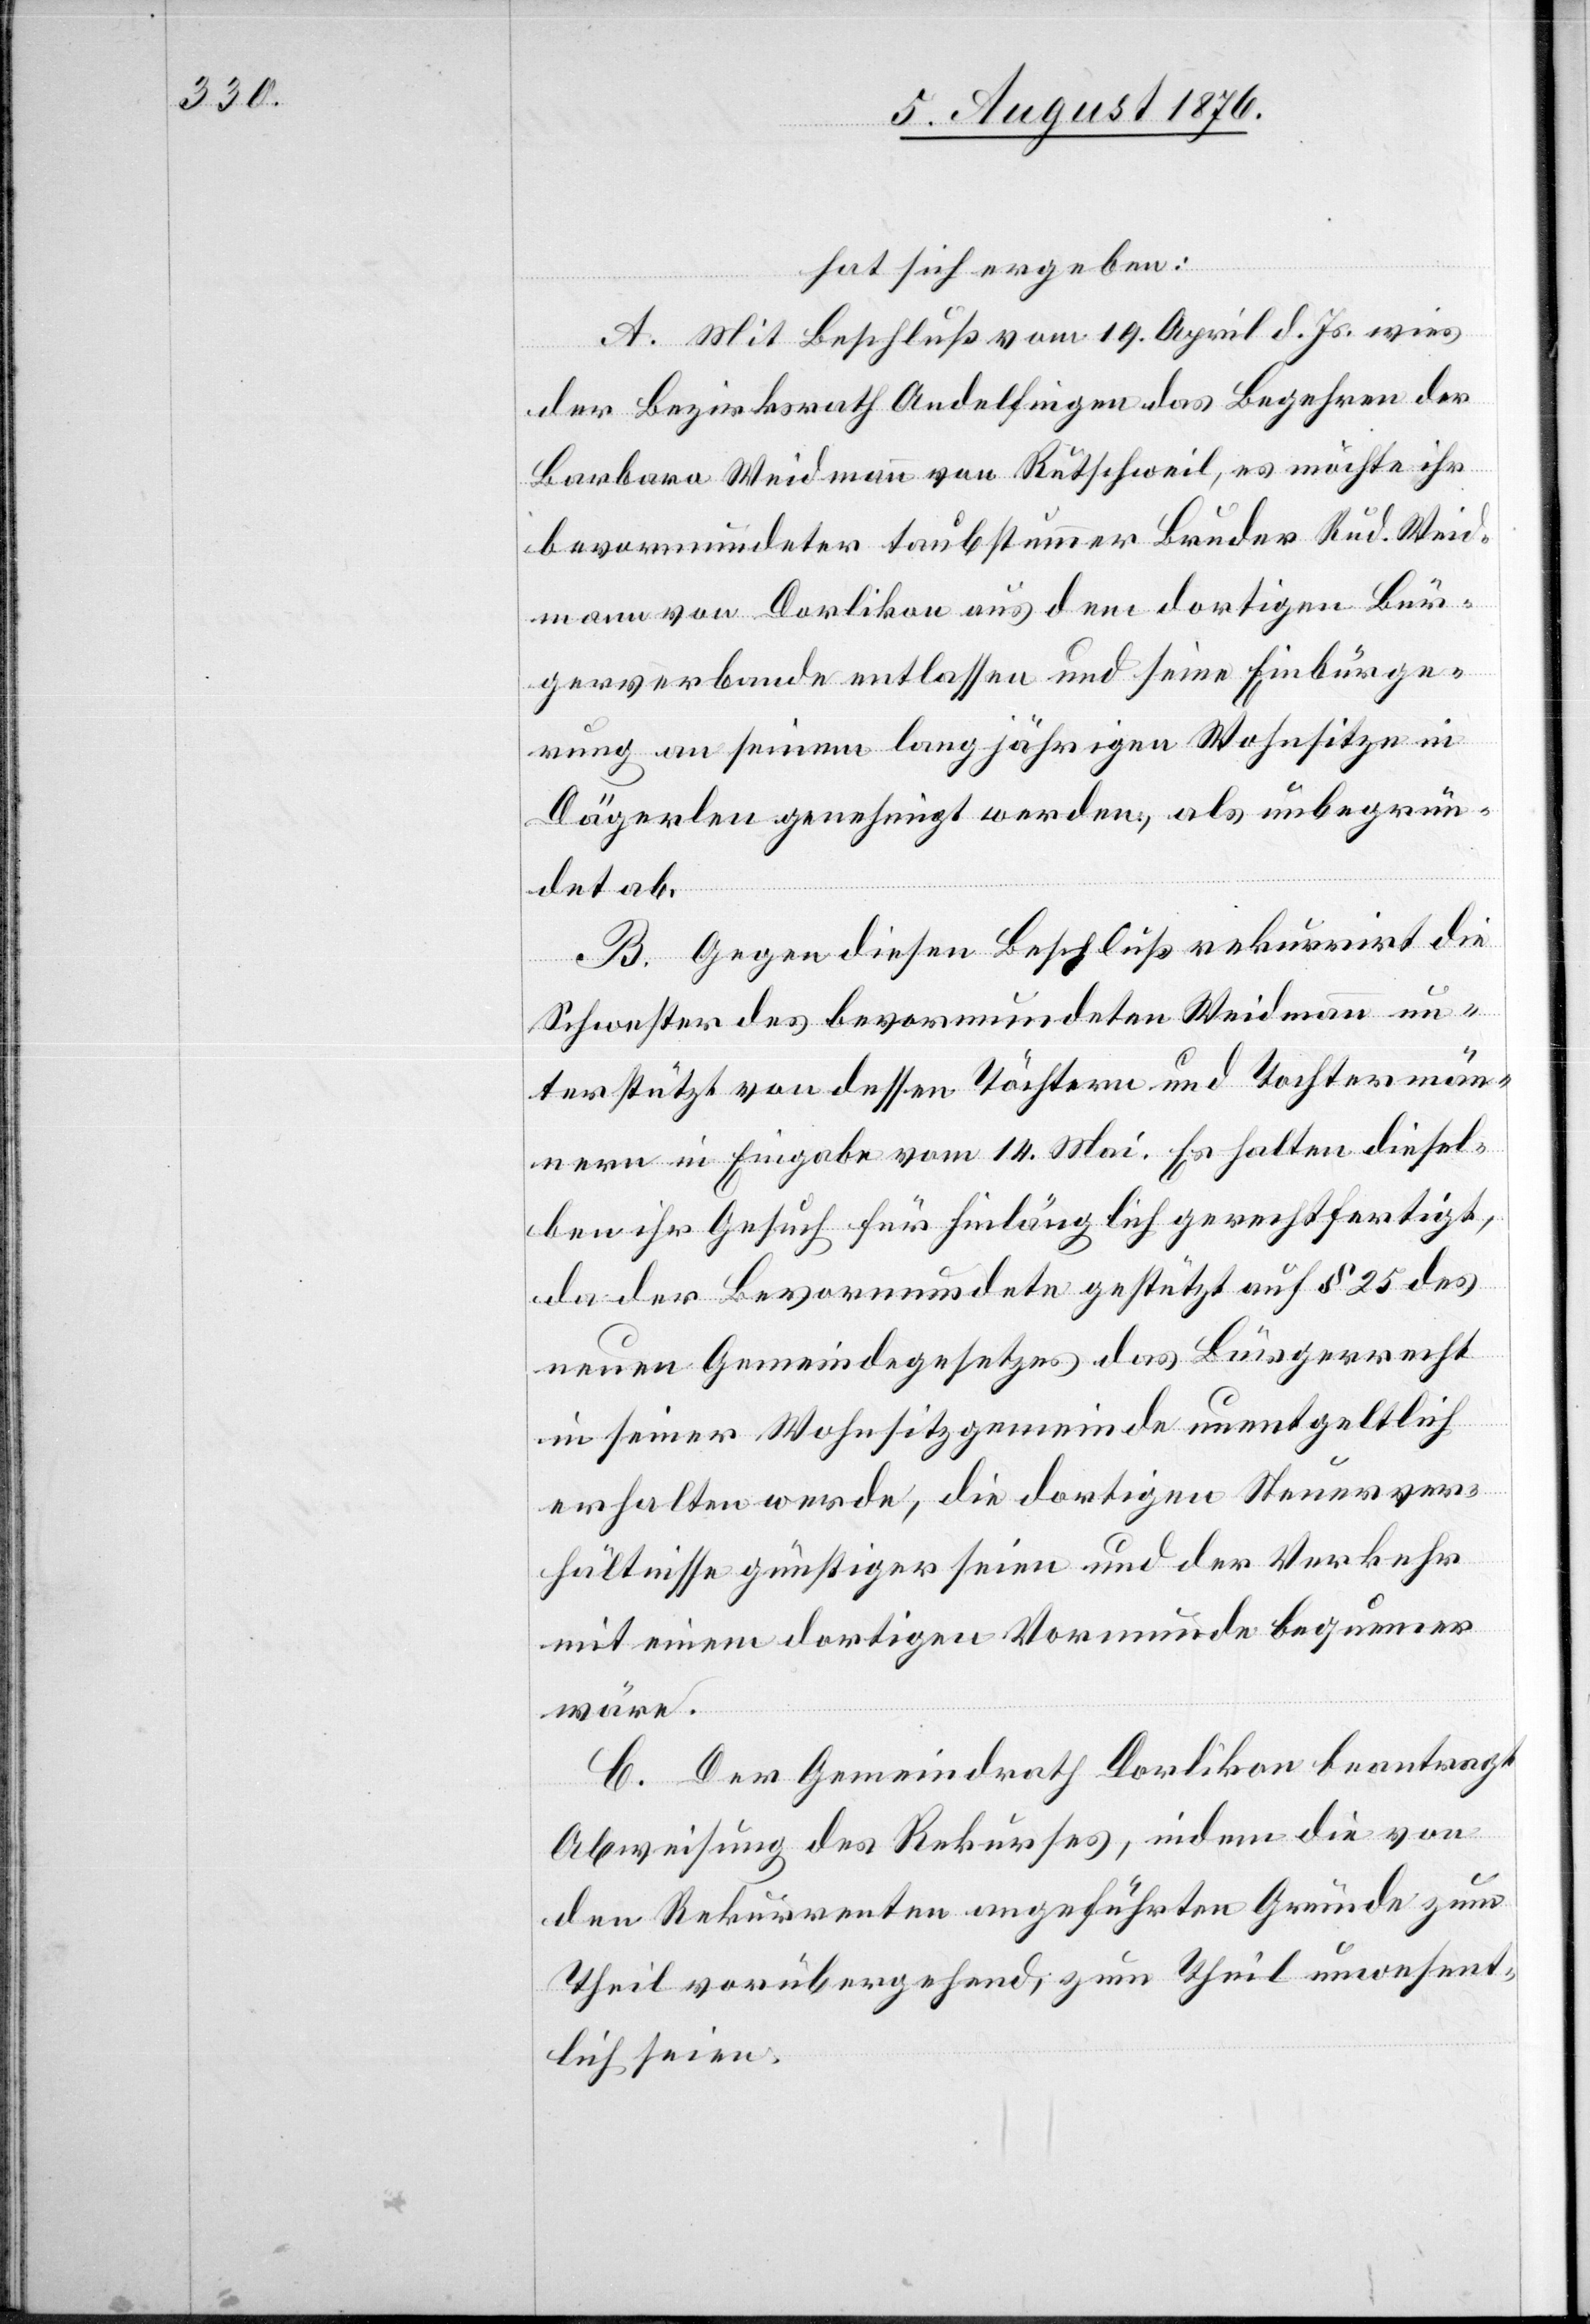
hat sich ergeben:
A. Mit Beschluß vom 19. April d. Js. wies
der Bezirksrath Andelfingen das Begehren der
Barbara Weidmann von Rütschweil, es möchte ihr
bevormundeter taubstummer Bruder Rud. Weid¬
mann von Dorlikon aus dem dortigen Bür¬
gerverbande entlassen und seine Einbürge¬
rung an seinem langjährigen Wohnsitze in
Dägerlen genehmigt werden, als unbegrün¬
det ab.
B. Gegen diesen Beschluß rekurrirt die
Schwester des bevormundeten Weidmann un¬
terstützt von dessen Töchtern und Tochtermän¬
nern in Eingabe vom 14. Mai. Es halten diesel¬
ben ihr Gesuch für hinlänglich gerechtfertigt,
da der Bevormundete gestützt auf § 25 des
neuen Gemeindegesetzes das Bürgerrecht
in seiner Wohnsitzgemeinde unentgeltlich
erhalten werde, die dortigen Steuerver¬
hältnisse günstiger seien und der Verkehr
mit einem dortigen Vormunde bequemer
wäre.
C. Der Gemeindrath Dorlikon beantragt
Abweisung des Rekurses, indem die von
den Rekurrenten angeführten Gründe zum
Theil vorübergehend, zum Theil unwesent¬
lich seien.